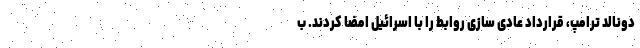
دونالد ترامپ، قرارداد عادی سازی روابط را با اسرائیل امضا کردند. ب